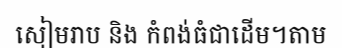
សៀមរាប និង កំពង់ធំជាដើម។តាម